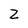
Character: Z